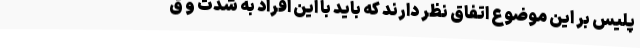
پلیس بر این موضوع اتفاق نظر دارند که باید با این افراد به شدت و ق